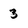
Character: 3